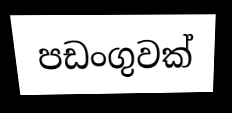
පඩංගුවක්